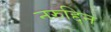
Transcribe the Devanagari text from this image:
नरुद्दिन